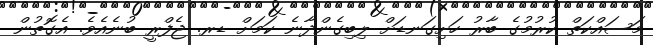
މަސައްކަތް ކުރުމުގެ ބާރު ހަށިގަނޑަށް ލިބިގެންދާނެ ކަމަށް ޑރ. ޖެފްރީ ބުނެއެވެ. އެގޮތުން